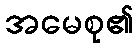
အမေစု၏